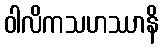
ဝါလိကသဟဿာနိ